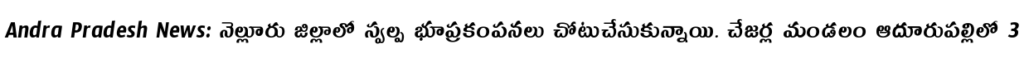
Andra Pradesh News: నెల్లూరు జిల్లాలో స్వల్ప భూప్రకంపనలు చోటుచేసుకున్నాయి. చేజర్ల మండలం ఆదూరుపల్లిలో 3